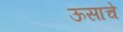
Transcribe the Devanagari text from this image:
ऊसाचे